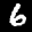
Label: 6